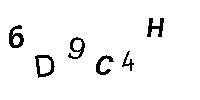
6D9C4H